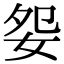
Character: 妴